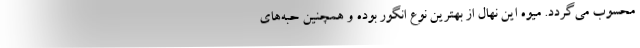
محسوب می‌گردد. میوه این نهال از بهترین نوع انگور بوده و همچنین حبه‌های